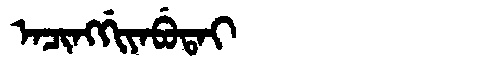
Manchu: ᠠᠴᡳᠩᡤᡳᠶᠠᠪᡠᡨᠠᡳ
Romanization: ACINGGIYABUTAI